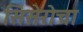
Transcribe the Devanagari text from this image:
सिसेरोचा